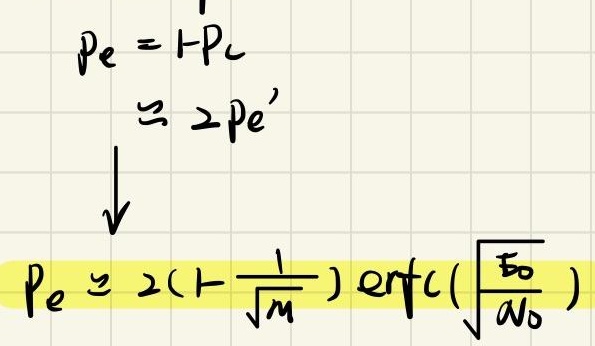
\[
\begin{align*}
p_e&=1 - p_c\\
&\approx 2p_e'\\
\\
p_e&\approx 2\left(1 - \frac{1}{\sqrt{\pi}}\right)\mathrm{erfc}\left(\sqrt{\frac{E_b}{N_0}}\right)
\end{align*}
\]